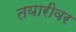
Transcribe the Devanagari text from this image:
तयारीवर